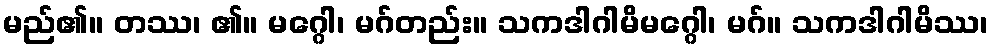
မည်၏။ တဿ၊ ၏။ မဂ္ဂေါ၊ မဂ်တည်း။ သကဒါဂါမိမဂ္ဂေါ၊ မဂ်။ သကဒါဂါမိဿ၊